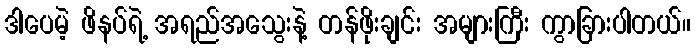
ဒါပေမဲ့ ဖိနပ်ရဲ့ အရည်အသွေးနဲ့ တန်ဖိုးချင်း အများကြီး ကွာခြားပါတယ်။